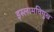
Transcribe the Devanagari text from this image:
इस्लामविमुख